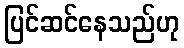
ပြင်ဆင်နေသည်ဟု